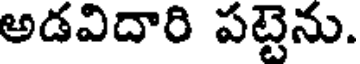
అడవిదారి పట్టెను.